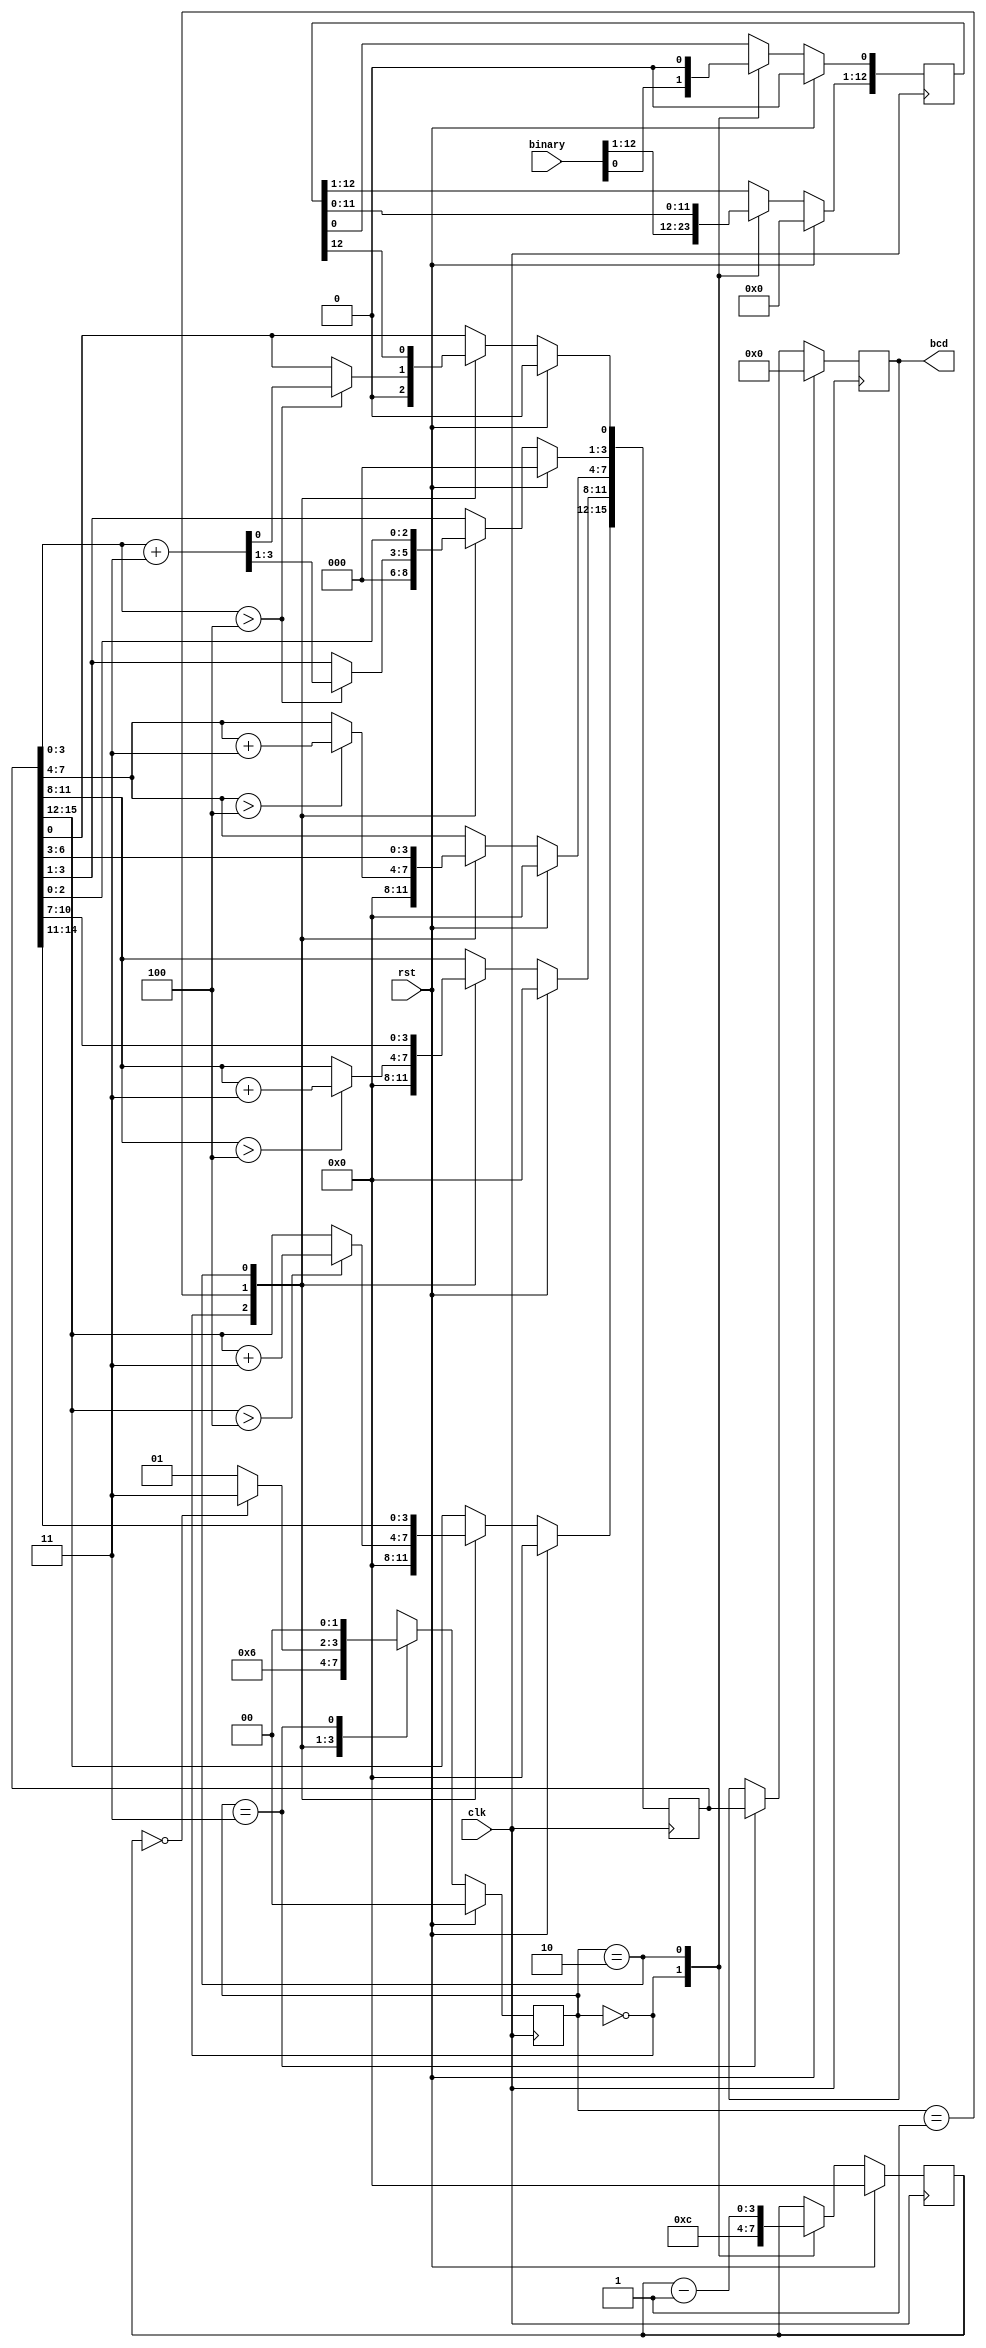
`timescale 1ns / 1ps

module binary2bcd(clk, rst, binary, bcd);

input clk, rst;
input [12:0] binary;
output reg [15:0] bcd;

reg [1:0] state;
reg [3:0] numberOfBits;
reg [12:0] binary_temp;
reg [15:0] bcd_temp;

always@(posedge clk) begin
    if(rst) begin
        numberOfBits <= 0;
        binary_temp <= 0;
        bcd_temp <= 0;
        bcd <= 0;
        state <= 0;
    end
    else begin
        case(state)
        2'b00: begin
            numberOfBits <= 12;
            binary_temp <= binary;
            bcd_temp <= 0;
            state <= 2'b01;
        end
        2'b01: begin
            if(bcd_temp[3:0] > 4'b0100)
                bcd_temp[3:0] <= bcd_temp[3:0] + 4'b0011;

            if(bcd_temp[7:4] > 4'b0100)
                bcd_temp[7:4] <= bcd_temp[7:4] + 4'b0011;

            if(bcd_temp[11:8] > 4'b0100)
                bcd_temp[11:8] <= bcd_temp[11:8] + 4'b0011;
                     
                if(bcd_temp[15:12] > 4'b0100)
                    bcd_temp[15:12] <= bcd_temp[15:12] + 4'b0011;
          
            state <= 2'b10;
        end      
        2'b10: begin
            numberOfBits <= numberOfBits - 1'b1;
          
            bcd_temp[15:1] <= bcd_temp[14:0]; //11:1   10:0
            bcd_temp[0] <= binary_temp[12];
            binary_temp[12:1] <= binary_temp[11:0];
            binary_temp[0] <= 1'b0;
          
            if(numberOfBits == 0)
                state <= 2'b11;
            else
                state <= 2'b01;
        end
        2'b11: begin
            bcd <= bcd_temp;
            state <= 2'b00;
        end
        endcase
    end
end

endmodule